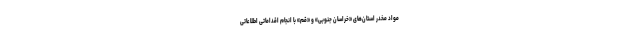
مواد مخدر استان‌های «خراسان جنوبی» و «قم» با انجام اقداماتی اطلاعاتی